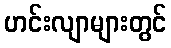
ဟင်းလျာများတွင်